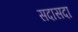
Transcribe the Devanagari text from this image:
सदासदा